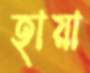
হায়া